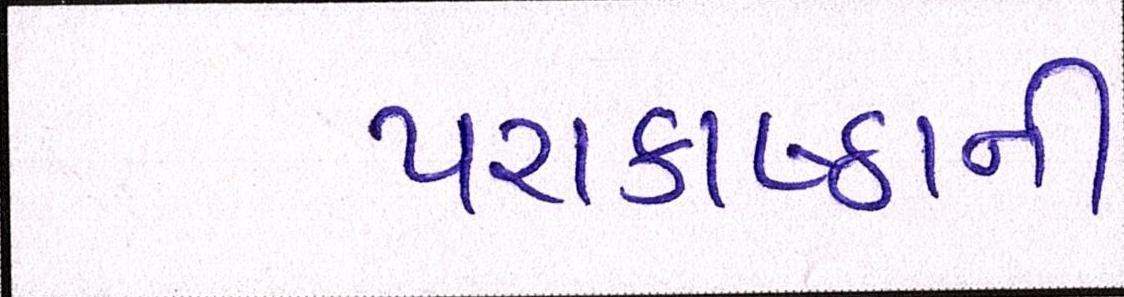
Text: પરાકાષ્ઠાની